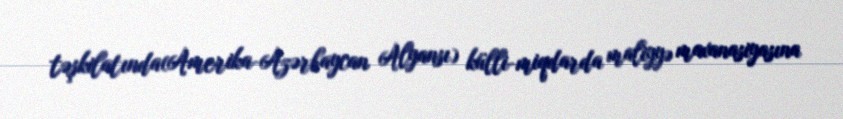
təşkilatında(Amerika-Azərbaycan Alyansı) külli-miqdarda maliyyə maxanasiyasına